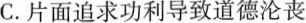
C.片面追求功利导致道德沦丧